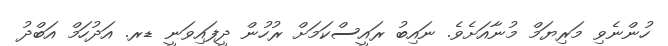
ހުންނެވި މަރިޔަމް މުނާއަށެވެ. ނައިބު ރައީސްކަމަށް ރުހުން ދީފައިވަނީ ޑރ. އަދުހަމް އަބްދު